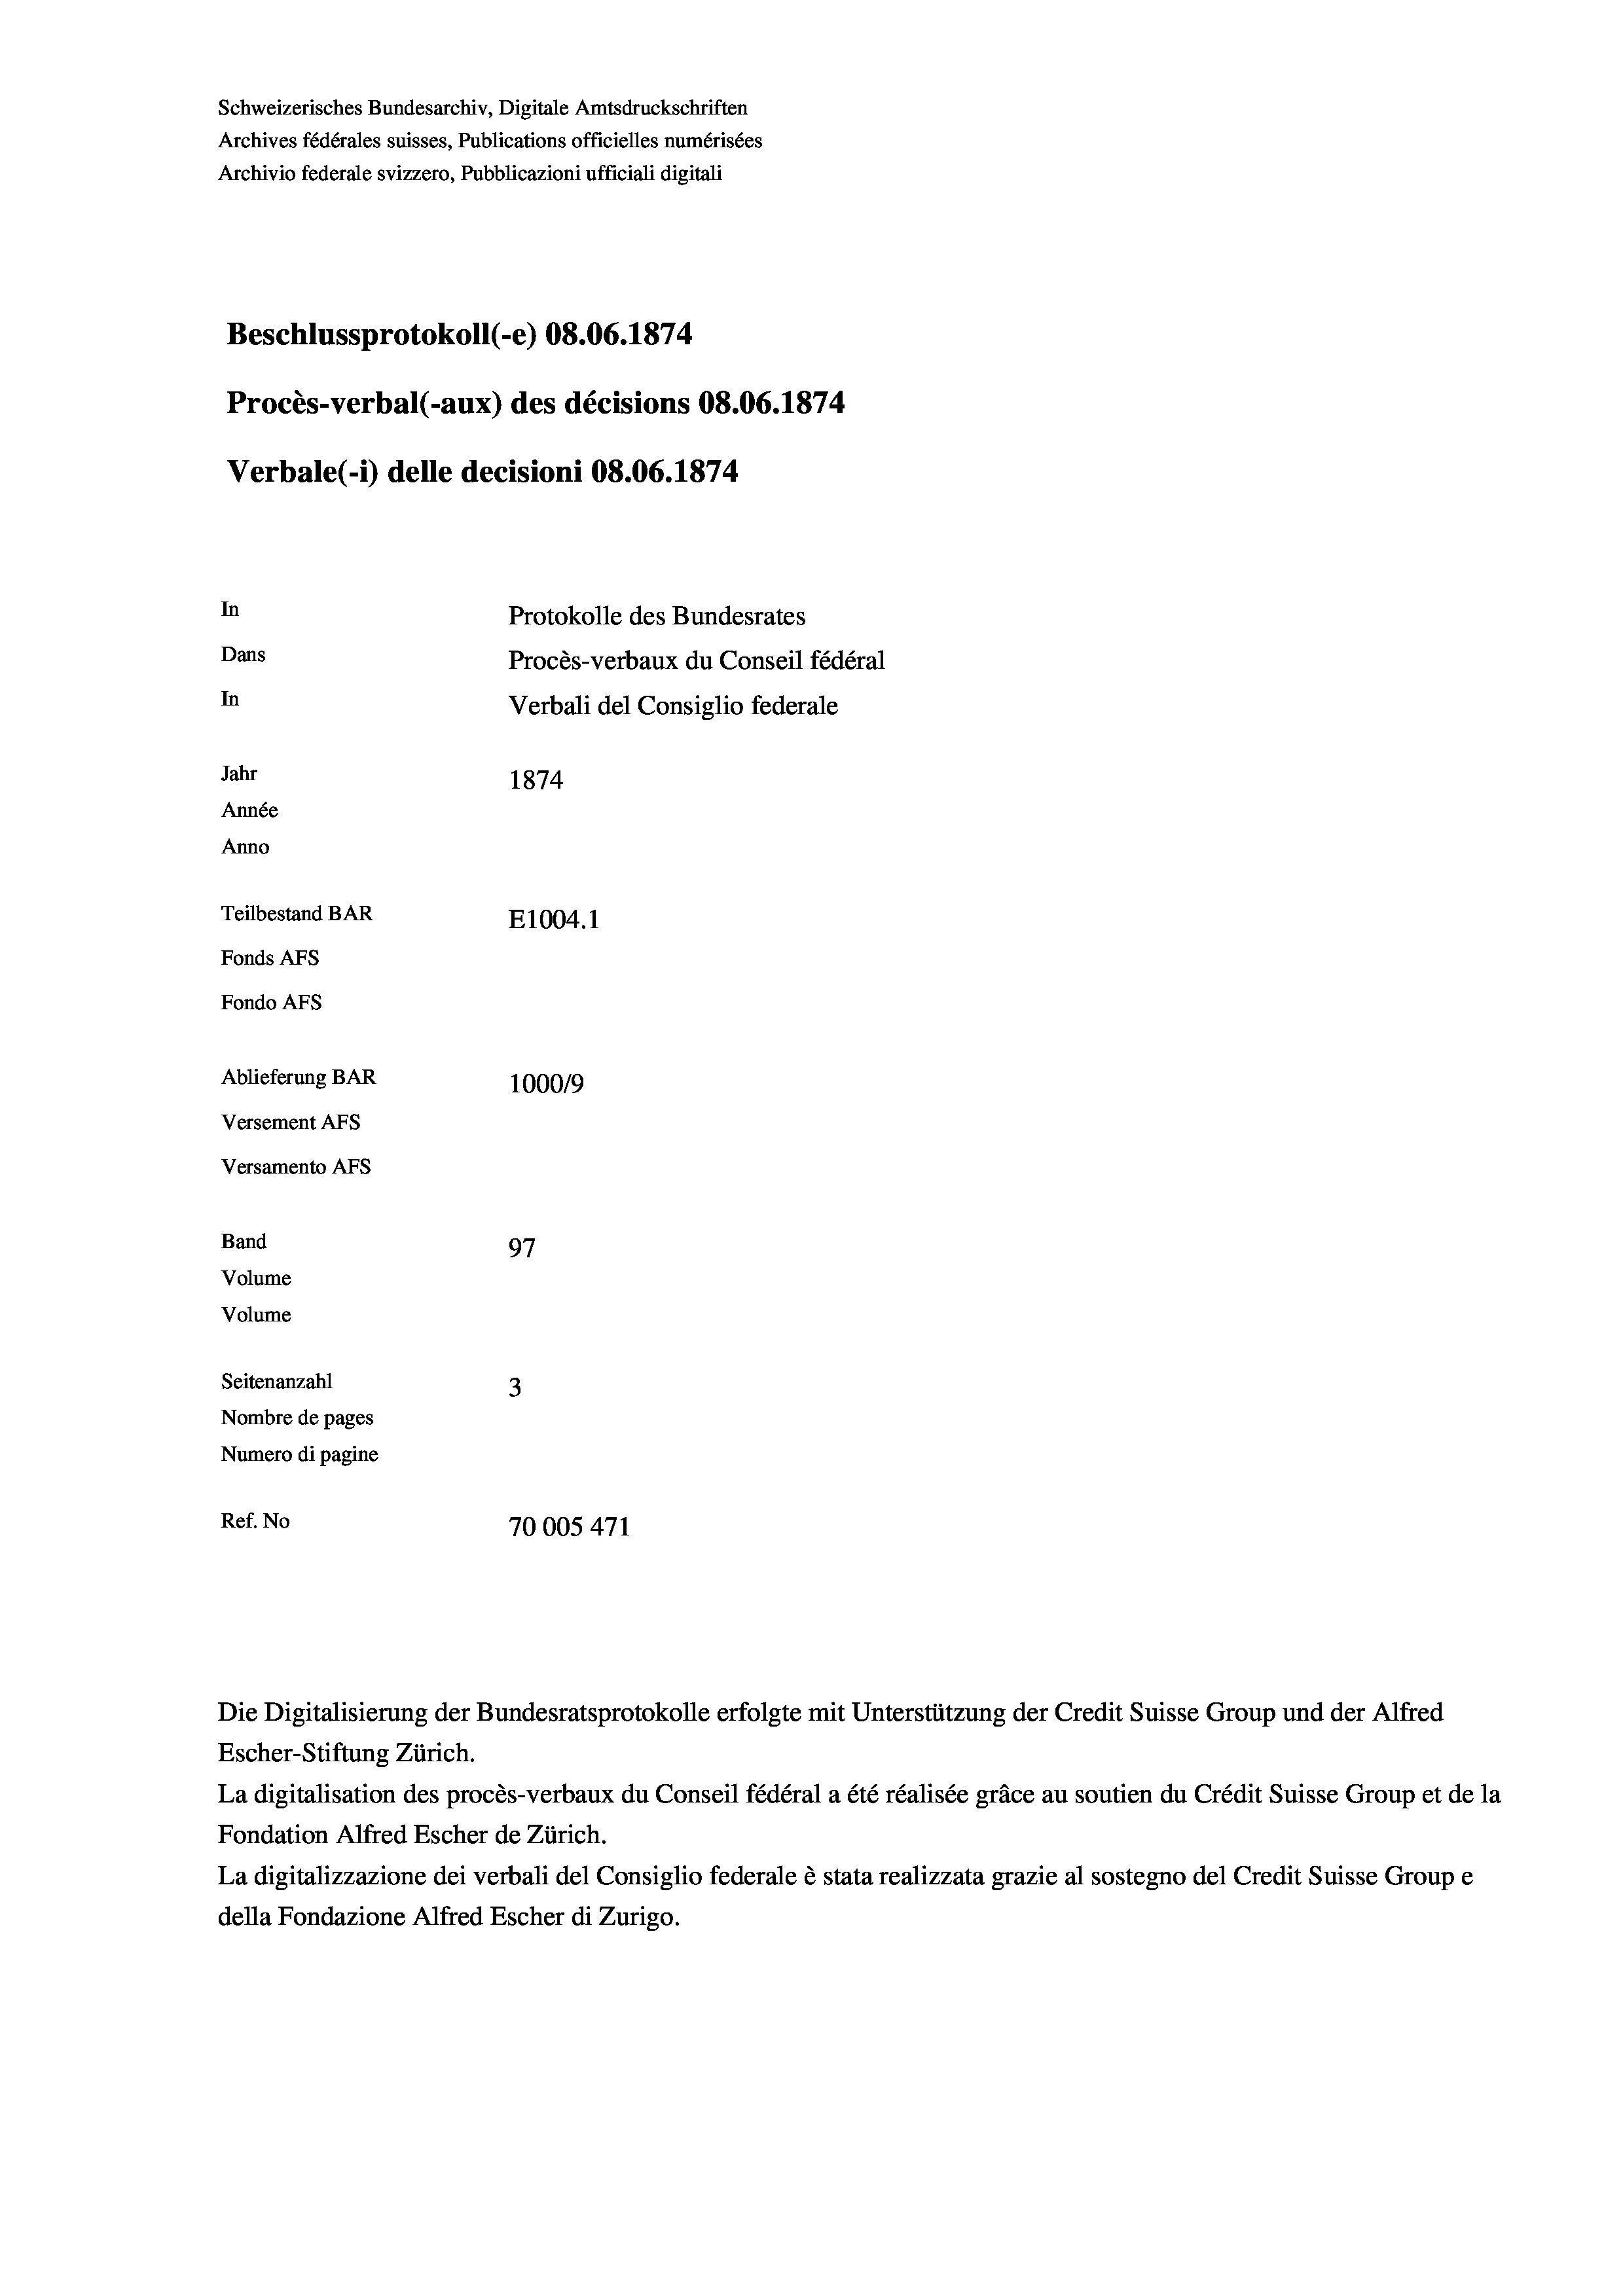
Schweizerisches Bundesarchiv, Digitale Amtsdruckschriften
Archives fédérales suisses, Publications officielles numérisées
Archivio federale svizzero, Pubblicazioni ufficiali digitali
Beschlussprotokoll (-e) 08.06. 1874
Procès-verbal (-aux) des décisions 08.06. 1874
Verbale (i) delle decisioni 08.06. 1874
In
Protokolle des Bundesrates
Dans
Procès-verbaux du Conseil fédéral
In
Verbali del Consiglio federale
Jahr
1874
Année
Anno
Teilbestand BAR
E1004.1
Fonds AFs
Fondo AFs
Ablieferung BAR
100019
Versement AFS
Versamento Afs
Band
97
Volume
Volume

Seitenanzahl
3
Nombre de pages
Numero di pagine
Ref. No
70005 471

Escher-Stiftung Zürich.
La digitalisation des procès-verbaux du Conseil fédéral a été réalisée gräce au soutien du Crédit Suisse Group et de la
Fondation Alfred Escher de Zürich.
La digitalizzazione dei verbali del Consiglio federale è stata realizzata grazie al sostegno del Credit Suisse Groupe
della Fondazione Alfred Escher di Zurigo.

Die Digitalisierung der Bundesratsprotokolle erfolgte mit Unterstützung der Credit Suisse Group und der Alfred